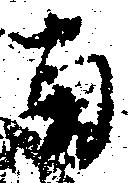
南